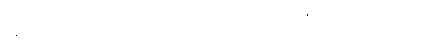
နောက်ကာလ၌။ ဥပ္ပါဒါဒိအဘိမုခံ၊ ဥပါဒ်အစရှိသော အခိုက်အတန့်သို့ ရှေးရှု။